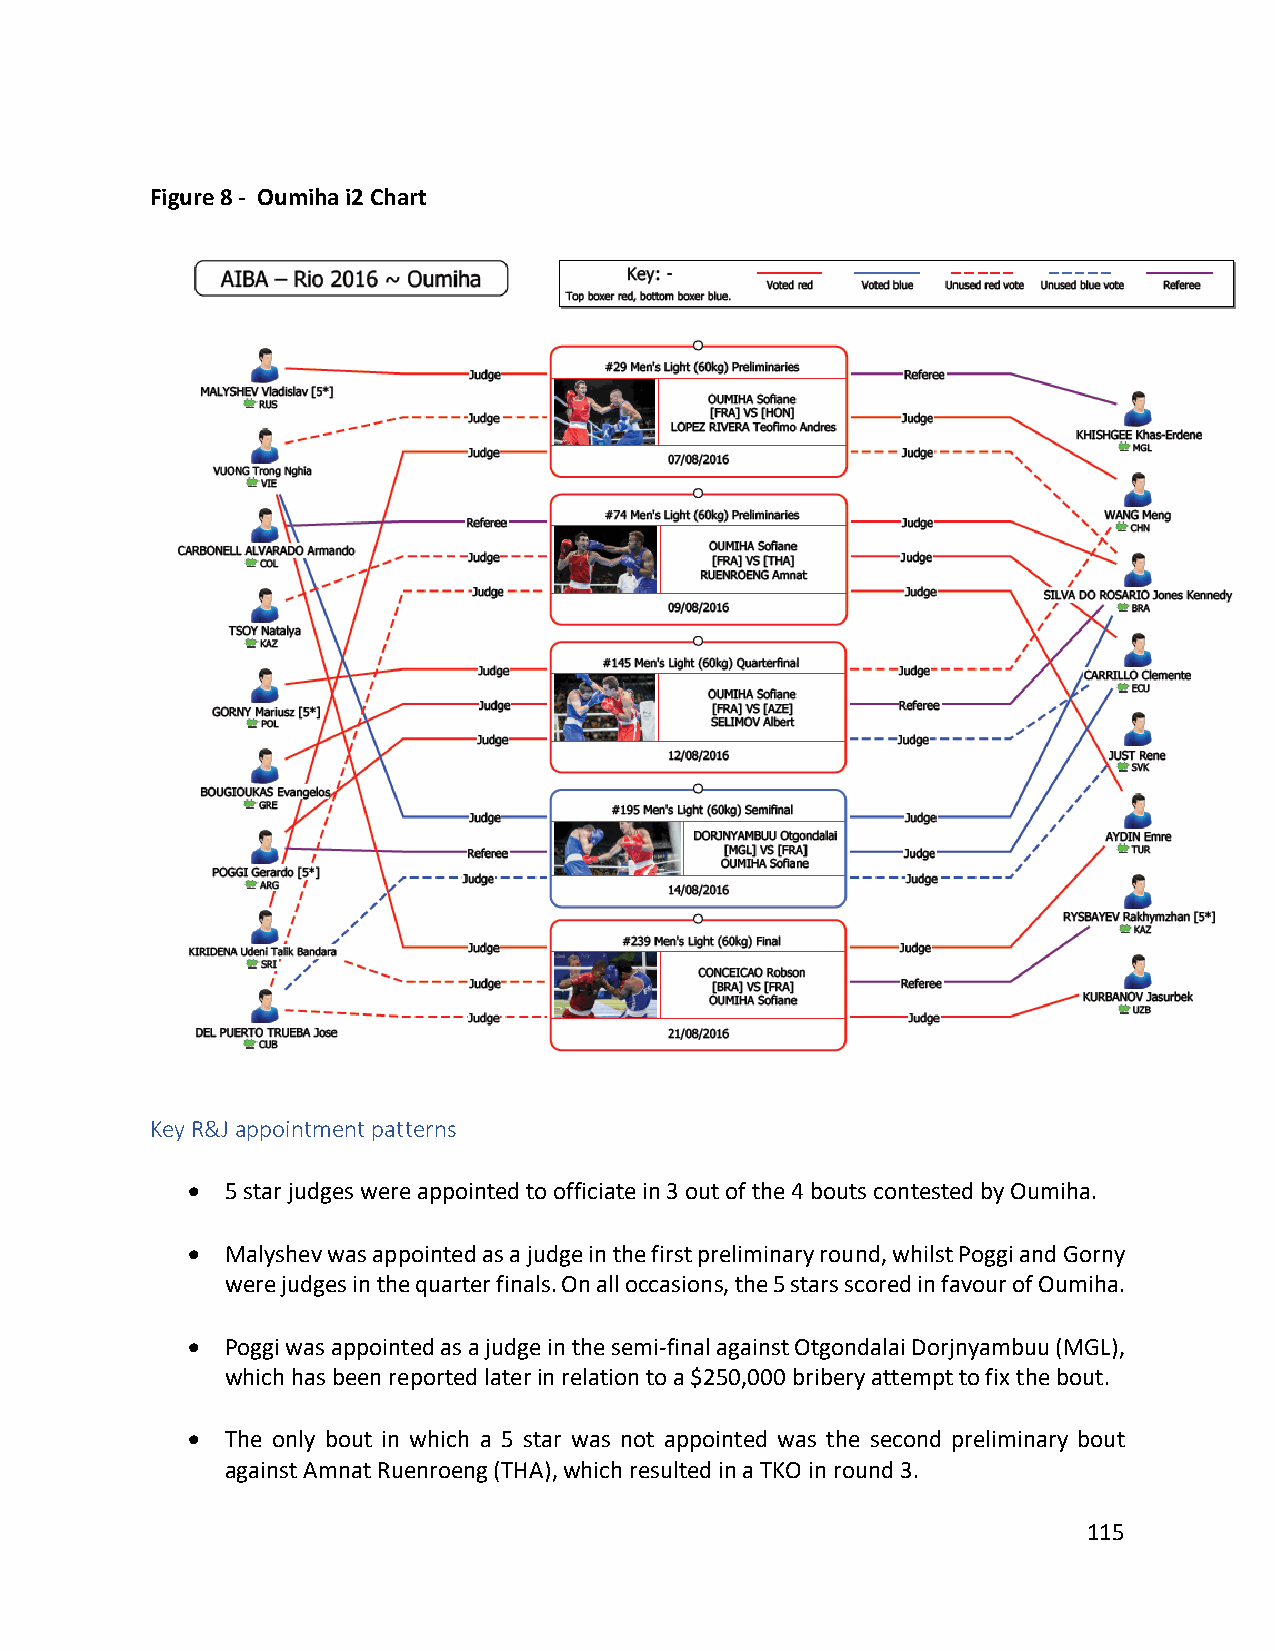
Figure 8 - Oumiha i2 Chart
 Key R&J appointment patterns
 •  5 star judges were appointed to officiate in 3 out of the 4 bouts contested by Oumiha.
 •  Malyshev was appointed as a judge in the first preliminary round, whilst Poggi and Gorny
 were judges in the quarter finals. On all occasions, the 5 stars scored in favour of Oumiha.
 •  Poggi was appointed as a judge in the semi-final against Otgondalai Dorjnyambuu (MGL),
 which has been reported later in relation to a $250,000 bribery attempt to fix the bout.
 •  The only bout in which a 5 star was not appointed was the second preliminary bout
 against Amnat Ruenroeng (THA), which resulted in a TKO in round 3.
 115